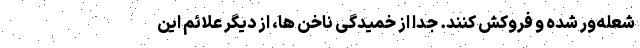
شعله‌ور شده و فروکش کنند. جدا از خمیدگی ناخن ها، از دیگر علائم این